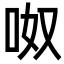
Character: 呶